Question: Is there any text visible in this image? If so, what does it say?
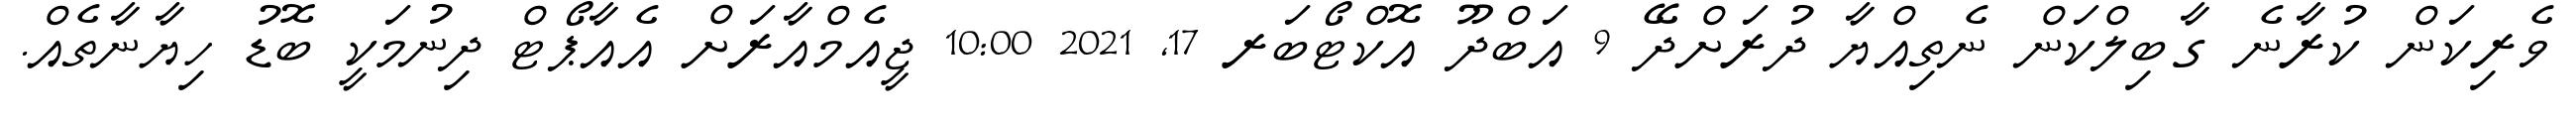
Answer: ވެރިކަން ކުރާނެ ގާބިލްކަން ނެތިއްޔާ ދުރަށްދޭ 9 އަބްދޫ އޮކްޓޯބަރ 17, 2021 10:00 ޖީއެމްއާރަށް އެއާޕޯޓް ދިނުމަކީ ބޮޑު ހިޔާނާތެއް.